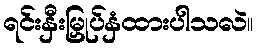
ရင်းနှီးမြှုပ်နှံထားပါသလဲ။